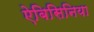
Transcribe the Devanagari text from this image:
ऐबिसिनिया